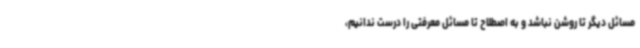
مسائل دیگر تا روشن نباشد و به اصطلاح تا مسائل معرفتی را درست ندانیم،